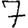
Digit: 7